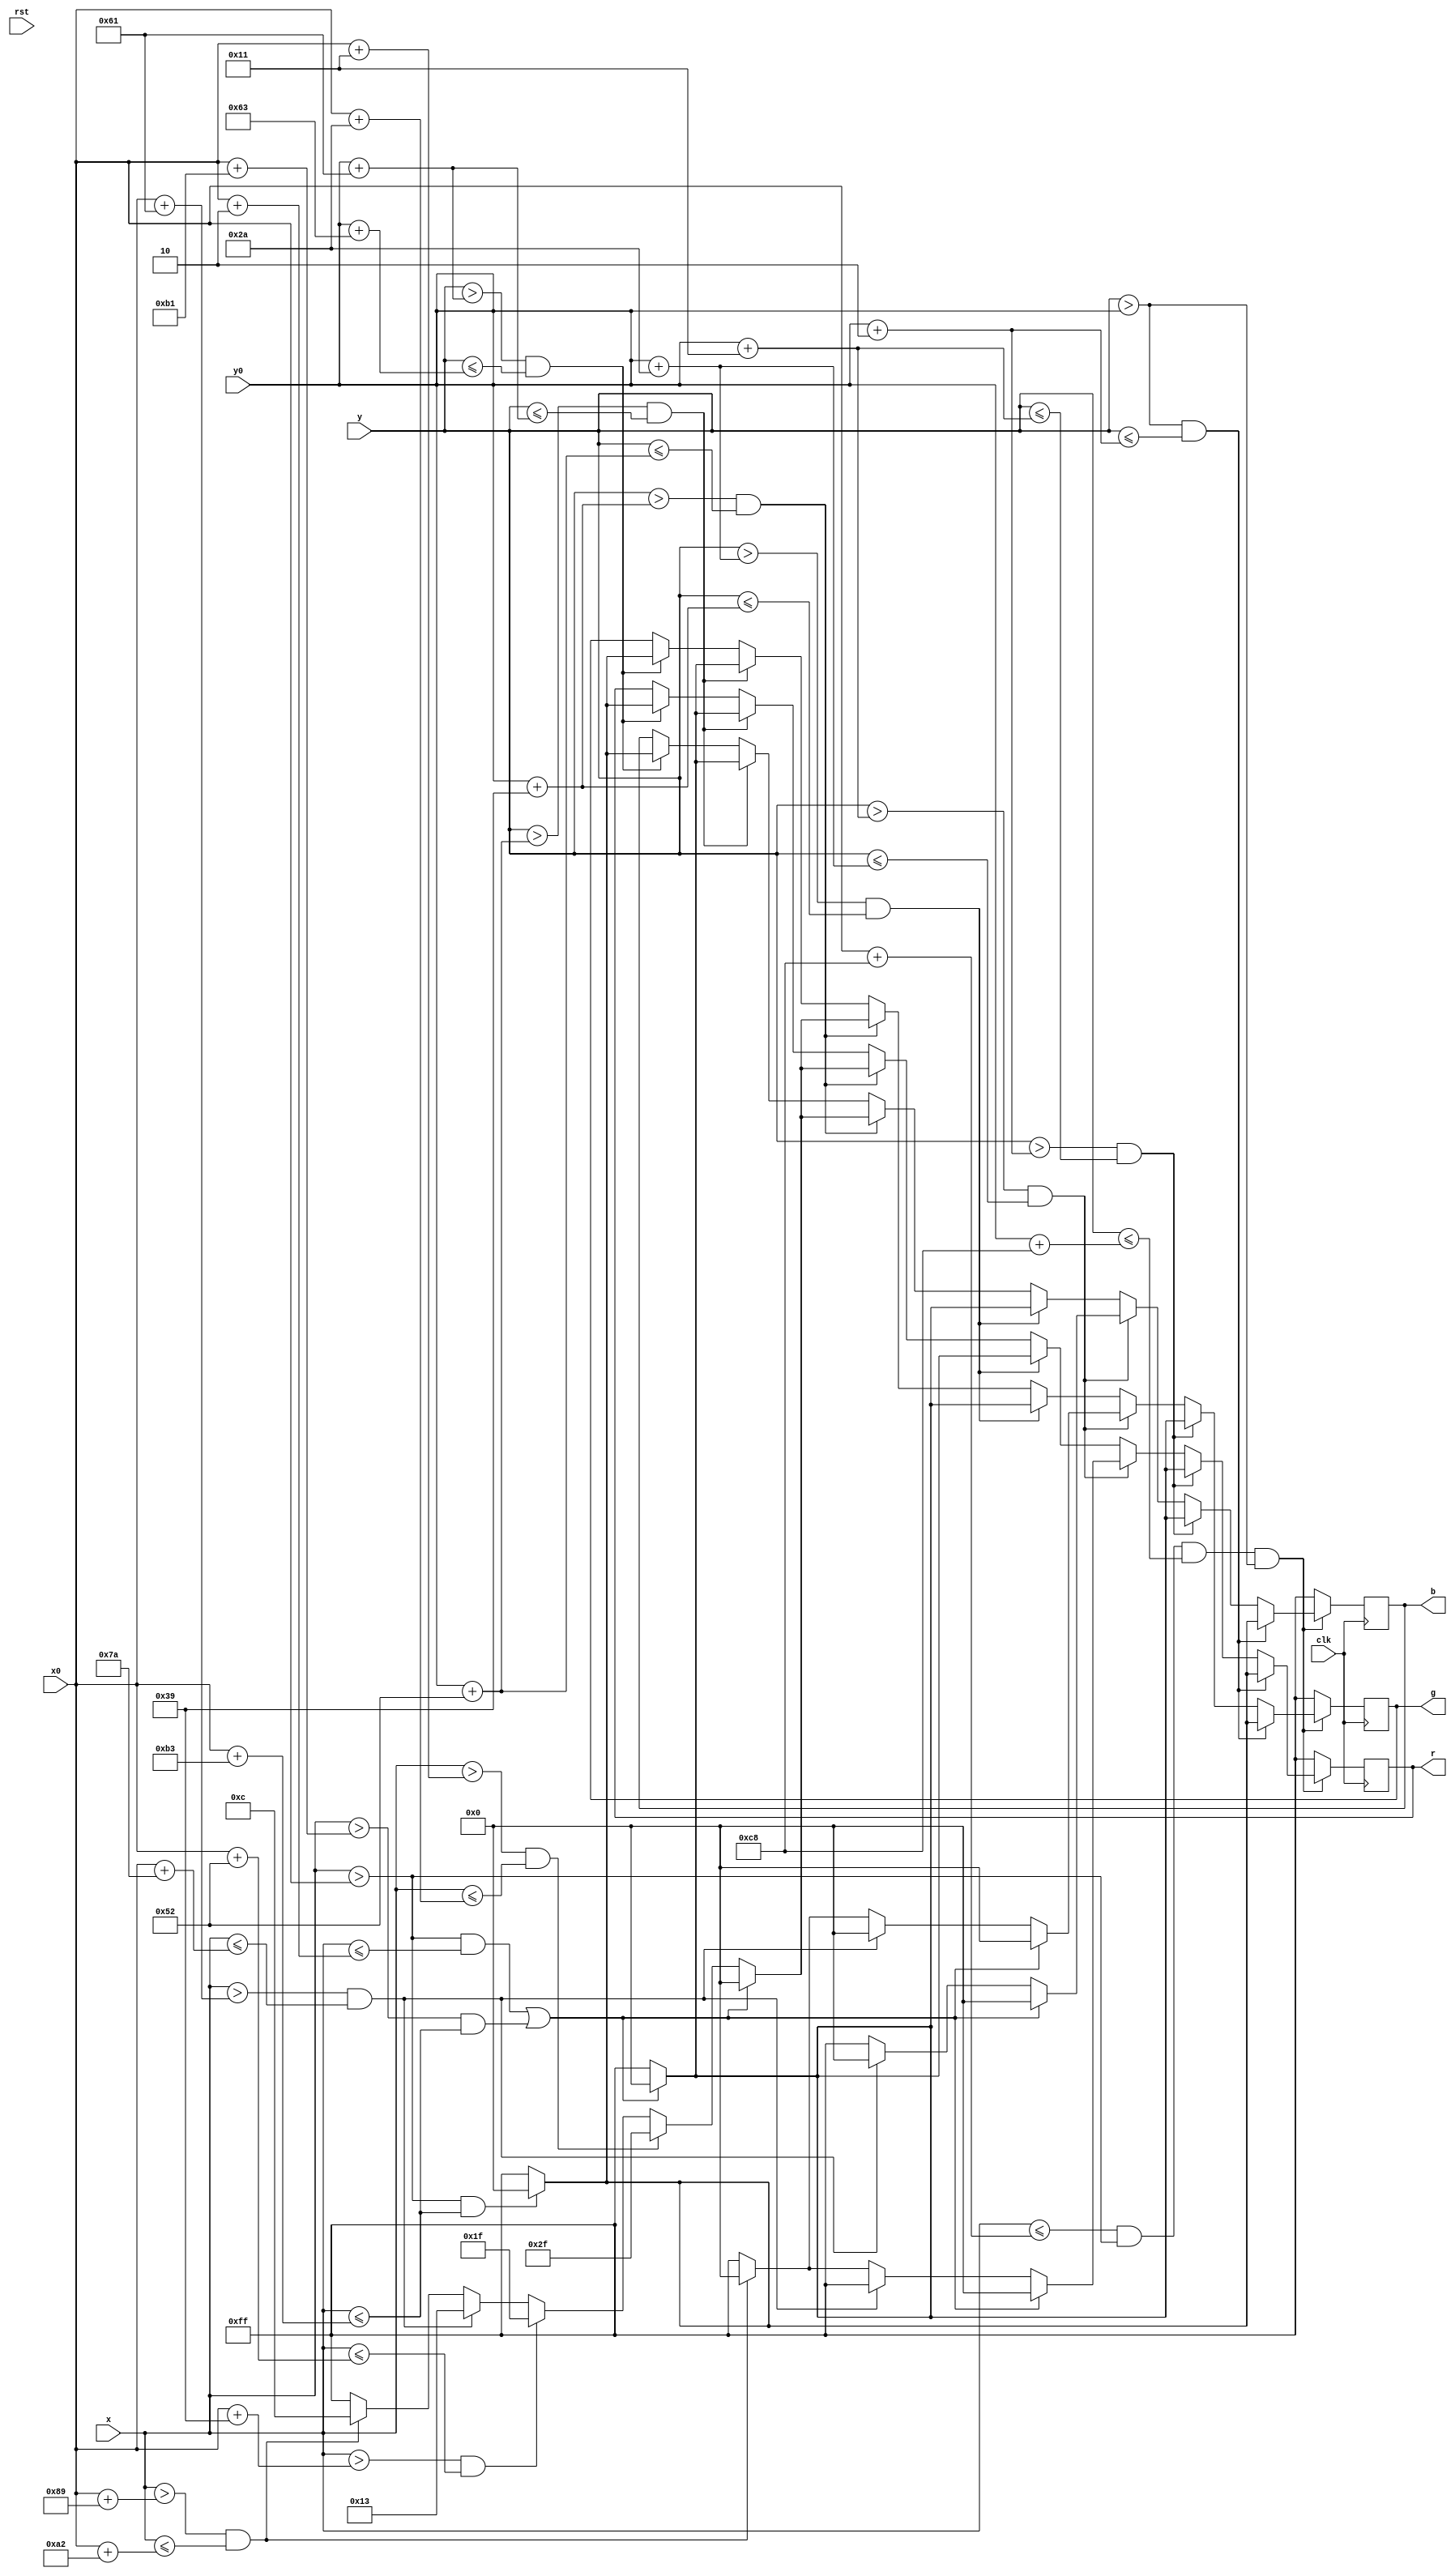
module Menu(clk, rst, x, y, r, g, b, x0, y0);
	input clk, rst;
	input [9:0] x, x0;
	input [8:0] y, y0;
	output reg [7:0] r, g, b;
	
	//parameter scale = 10;
	//2 pixel outer bound
	//blood: 179 * 99 pixel
	
	always @(posedge clk) begin
		if(x <= x0 + 10'b0011001000 & x > x0 & y <= y0 + 9'b011001000 & y > y0) begin
			if(y > y0 & y <= y0 + 2) begin
				if((x > x0 & x <= x0 + 179)) begin
					r <= 8'b00000000;
					g <= 8'b00000000;
					b <= 8'b00000000;
				end else begin 
					r <= 8'b11111111;
					g <= 8'b11111111;
					b <= 8'b11111111;
				end
			end else if(y > y0 + 2 & y <= y0 + 17) begin
				if((x > x0 & x <= x0 + 2) | (x > x0 + 177 & x <= x0 + 179)) begin
					r <= 8'b00000000;
					g <= 8'b00000000;
					b <= 8'b00000000;
				end else begin			
					r <= 8'b11111111;
					g <= 8'b11111111;
					b <= 8'b11111111;
				end
			end else if(y > y0 + 17 & y <= y0 + 42) begin
				if((x > x0 & x <= x0 + 2) | (x > x0 + 177 & x <= x0 + 179)) begin
					r <= 8'b00000000;
					g <= 8'b00000000;
					b <= 8'b00000000;
				end else if((x > x0 + 97 & x <= x0 + 122)) begin
					r <= 8'b11111111;
					g <= 8'b00000000;
					b <= 8'b00000000;
				end else if (x > x0 + 137 & x <= x0 + 162) begin
					r <= 8'b00000000;
					g <= 8'b00000000;
					b <= 8'b11111111;
				end else begin			
					r <= 8'b11111111;
					g <= 8'b11111111;
					b <= 8'b11111111;
				end
			end else if(y > y0 + 42 & y <= y0 + 57) begin
				if((x > x0 & x <= x0 + 2) | (x > x0 + 177 & x <= x0 + 179)) begin
					r <= 8'b00000000;
					g <= 8'b00000000;
					b <= 8'b00000000;
				end else begin			
					r <= 8'b11111111;
					g <= 8'b11111111;
					b <= 8'b11111111;
				end
			end else if(y > y0 + 57 & y <= y0 + 82) begin
				if((x > x0 & x <= x0 + 2) | (x > x0 + 177 & x <= x0 + 179)) begin
					r <= 8'b00000000;
					g <= 8'b00000000;
					b <= 8'b00000000;
				end else if((x > x0 + 17 & x <= x0 + 42)) begin
					r <= 8'b00101111;
					g <= 8'b00101111;
					b <= 8'b00101111;
				end else if((x > x0 + 57 & x <= x0 + 82)) begin
					r <= 8'b00011111;
					g <= 8'b00011111;
					b <= 8'b00011111;
				end else if((x > x0 + 97 & x <= x0 + 122)) begin
					r <= 8'b00010011;
					g <= 8'b00010011;
					b <= 8'b00010011;
				end else if((x > x0 + 137 & x <= x0 + 162)) begin
					r <= 8'b00001100;
					g <= 8'b00001100;
					b <= 8'b00001100;
				end else begin 
					r <= 8'b11111111;
					g <= 8'b11111111;
					b <= 8'b11111111;
				end
			end else if(y > y0 + 82 & y <= y0 + 97) begin
				if((x > x0 & x <= x0 + 2) | (x > x0 + 177 & x <= x0 + 179)) begin
					r <= 8'b00000000;
					g <= 8'b00000000;
					b <= 8'b00000000;
				end else begin 
					r <= 8'b11111111;
					g <= 8'b11111111;
					b <= 8'b11111111;
				end
			end else if(y > y0 + 97 & y <= y0 + 99) begin
				if((x > x0 & x <= x0 + 179)) begin
					r <= 8'b00000000;
					g <= 8'b00000000;
					b <= 8'b00000000;
				end else begin 
					r <= 8'b11111111;
					g <= 8'b11111111;
					b <= 8'b11111111;
				end
			end
		end else begin 
			r <= 8'b11111111;
			g <= 8'b11111111;
			b <= 8'b11111111;
		end
	end 

endmodule